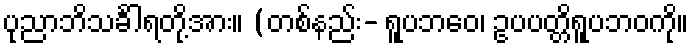
ပုညာဘိသင်္ခါရတို့အား။ (တစ်နည်း- ရူပဘဝေ၊ ဥပပတ္တိရူပဘဝကို။